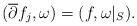
LaTeX: \begin{gather*}(\overline \partial f_{j},\omega)=(f,\omega\vert_S).\end{gather*}